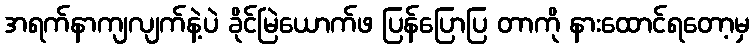
အရက်နာကျလျက်နဲ့ပဲ ခိုင်မြဲယောက်ဖ ပြန်ပြောပြ တာကို နားထောင်ရတော့မှ